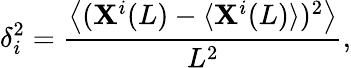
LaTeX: \delta_{i}^{2}=\frac{\left\langle(\mathbf{X}^{i}(L)-\langle\mathbf{X}^{i}(L)\rangle)^{2}\right\rangle}{L^{2}},